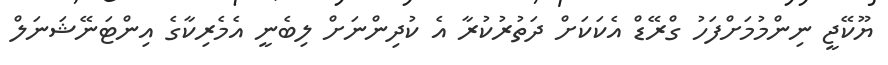
ޔޫކޭޖީ ނިންމުމަށްފަހު ގްރޭޑް އެކަކަށް ދަތުރުކުރާ އެ ކުދިންނަށް ލިބެނީ އެމެރިކާގެ އިންޓަނޭޝަނަލް